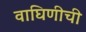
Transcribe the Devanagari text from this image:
वाघिणीची